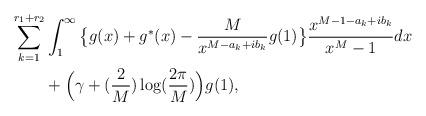
LaTeX: \begin{align*}\sum_{k=1}^{r_1+r_2}&\int_1^\infty \big\{g(x)+g^*(x)-\frac{M}{x^{M-a_k+ib_k}}g(1)\big\}\frac{x^{M-1-a_k+ib_k}}{x^M-1}dx\\&+\Big(\gamma+(\frac{2}{M})\log( \frac{2\pi}{M})\Big)g(1),\end{align*}